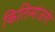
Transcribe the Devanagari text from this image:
किलिमांजरो